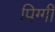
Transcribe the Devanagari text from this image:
पिग्गी